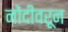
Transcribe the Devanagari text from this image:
नोंदीवरून